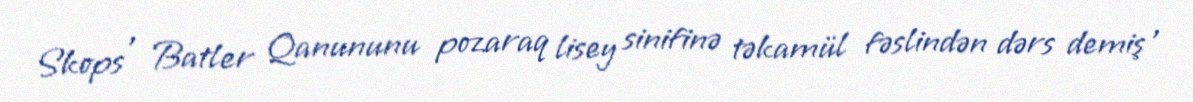
Skops , Batler Qanununu pozaraq lisey sinifinə təkamül fəslindən dərs demiş ,